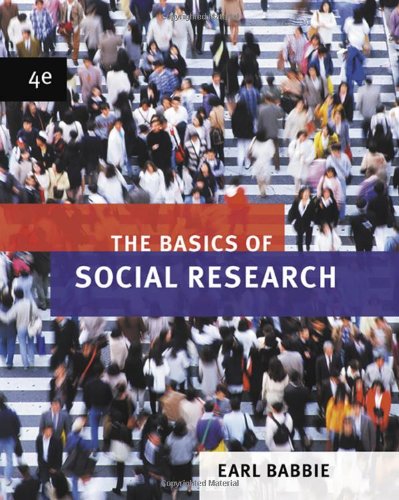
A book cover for The Basics of Social Research (Available Titles CengageNOW); Earl R. Babbie; Medical Books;